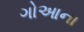
ગોઆના